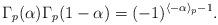
LaTeX: \begin{align*}\Gamma_p(\alpha)\Gamma_p(1-\alpha)=(-1)^{\langle-\alpha\rangle_p-1}.\end{align*}